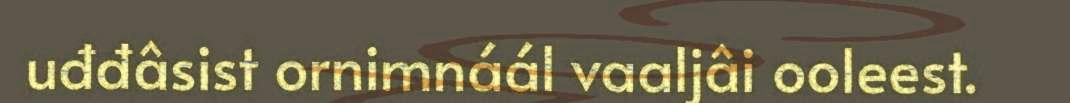
uđđâsist ornimnáál vaaljâi ooleest.